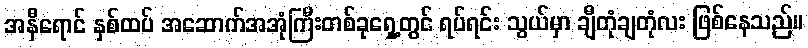
အနီရောင် နှစ်ထပ် အဆောက်အအုံကြီးတစ်ခုရှေ့တွင် ရပ်ရင်း သွယ်မှာ ချီတုံချတုံလး ဖြစ်နေသည်။